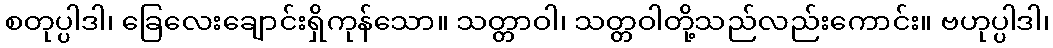
စတုပ္ပါဒါ၊ ခြေလေးချောင်းရှိကုန်သော။ သတ္တာဝါ၊ သတ္တဝါတို့သည်လည်းကောင်း။ ဗဟုပ္ပါဒါ၊